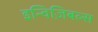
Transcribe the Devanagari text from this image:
इन्विज़िबल्स